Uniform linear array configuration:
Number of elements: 48
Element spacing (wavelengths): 0.25
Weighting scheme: exponential
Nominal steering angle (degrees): -60
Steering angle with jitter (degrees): -59.193
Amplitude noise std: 0.05
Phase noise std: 0.05

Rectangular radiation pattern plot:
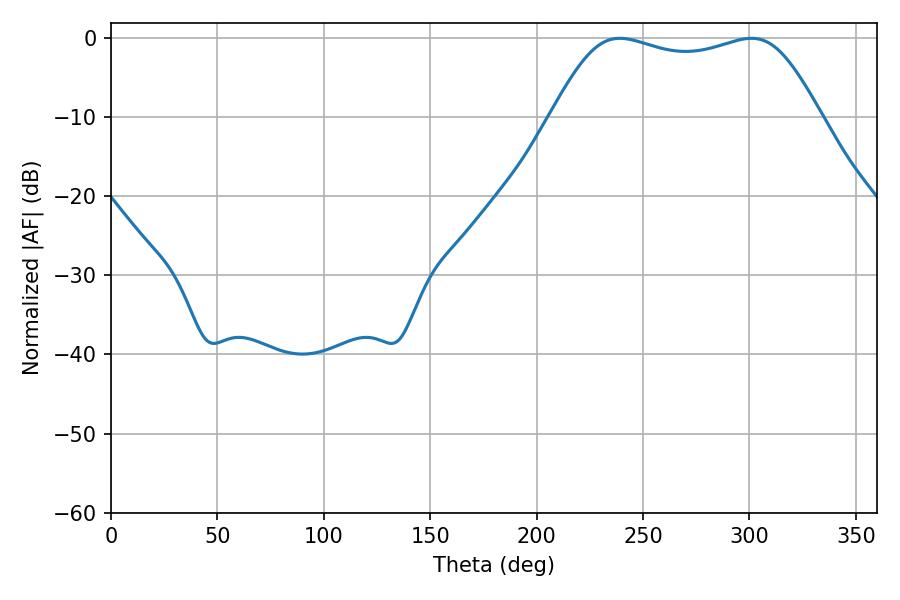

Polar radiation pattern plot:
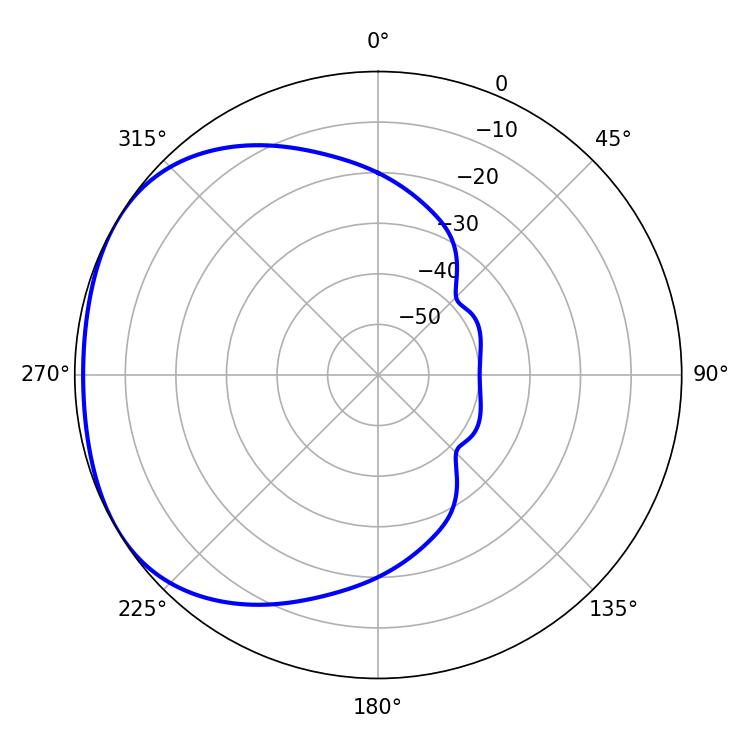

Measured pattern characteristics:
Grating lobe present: FALSE
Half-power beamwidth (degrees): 97.2
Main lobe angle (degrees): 300.96